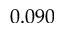
0 . 0 9 0